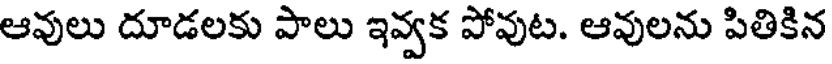
ఆవులు దూడలకు పాలు ఇవ్వక పోవుట. ఆవులను పితికిన